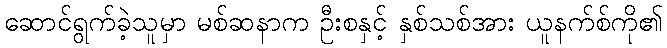
ဆောင်ရွက်ခဲ့သူမှာ မစ်ဆနာက ဦးစနှင့် နှစ်သစ်အား ယူနက်စ်ကို၏